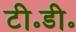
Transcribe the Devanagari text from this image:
टी॰डी॰